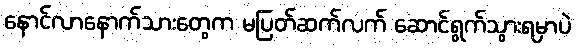
နောင်လာနောက်သားတွေက မပြတ်ဆက်လက် ဆောင်ရွက်သွားရမှာပဲ